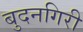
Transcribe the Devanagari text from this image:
बुदनगिरी